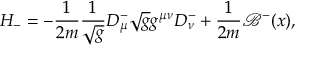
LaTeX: H _ { - } = - \frac { 1 } { 2 m } \frac { 1 } { \sqrt { g } } D _ { \mu } ^ { - } \sqrt { g } g ^ { \mu \nu } D _ { \nu } ^ { - } + \frac { 1 } { 2 m } { \mathcal { B } } ^ { - } ( x ) ,